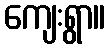
ကျေးရွာ။